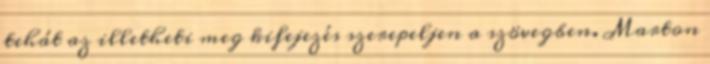
tehát az illetheti meg kifejezés szerepeljen a szövegben. Marton